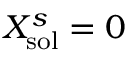
X _ { \mathrm { s o l } } ^ { s } = 0